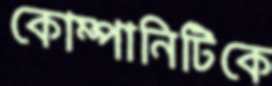
কোম্পানিটিকে